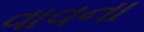
વાવના